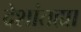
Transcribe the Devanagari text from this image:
देशांतह्या